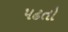
પઢતો